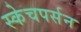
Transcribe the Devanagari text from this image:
स्केचपर्सन